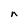
Character: n